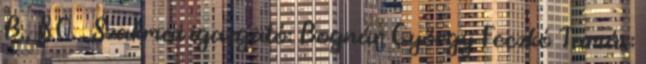
B., 80. . Szakmai igazgató: Bognár György Feczkó Tamás: